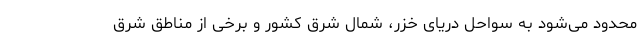
محدود می‌شود به سواحل دریای خزر، شمال شرق کشور و برخی از مناطق شرق